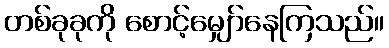
တစ်ခုခုကို စောင့်မျှော်နေကြသည်။